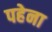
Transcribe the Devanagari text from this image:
पहेना